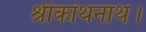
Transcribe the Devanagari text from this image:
श्रीकांथनाथ।